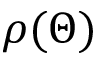
\rho ( \Theta )